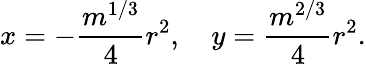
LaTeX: x=-{\frac{m^{1/3}}{4}}r^{2},\quad y={\frac{m^{2/3}}{4}}r^{2}.